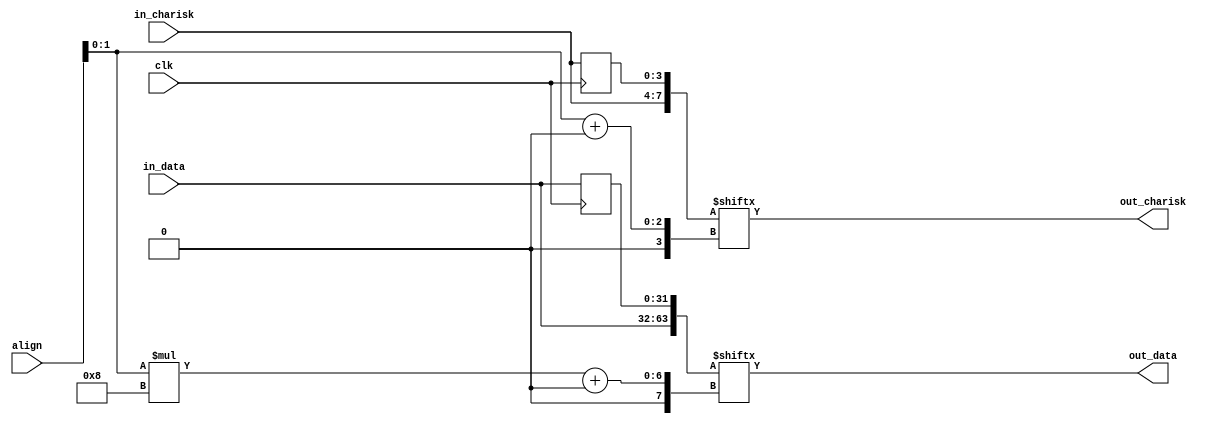
//
// The ADI JESD204 Core is released under the following license, which is
// different than all other HDL cores in this repository.
//
// Please read this, and understand the freedoms and responsibilities you have
// by using this source code/core.
//
// The JESD204 HDL, is copyright  2016-2017 Analog Devices Inc.
//
// This core is free software, you can use run, copy, study, change, ask
// questions about and improve this core. Distribution of source, or resulting
// binaries (including those inside an FPGA or ASIC) require you to release the
// source of the entire project (excluding the system libraries provide by the
// tools/compiler/FPGA vendor). These are the terms of the GNU General Public
// License version 2 as published by the Free Software Foundation.
//
// This core  is distributed in the hope that it will be useful, but WITHOUT ANY
// WARRANTY; without even the implied warranty of MERCHANTABILITY or FITNESS FOR
// A PARTICULAR PURPOSE. See the GNU General Public License for more details.
//
// You should have received a copy of the GNU General Public License version 2
// along with this source code, and binary.  If not, see
// <http://www.gnu.org/licenses/>.
//
// Commercial licenses (with commercial support) of this JESD204 core are also
// available under terms different than the General Public License. (e.g. they
// do not require you to accompany any image (FPGA or ASIC) using the JESD204
// core with any corresponding source code.) For these alternate terms you must
// purchase a license from Analog Devices Technology Licensing Office. Users
// interested in such a license should contact jesd204-licensing@analog.com for
// more information. This commercial license is sub-licensable (if you purchase
// chips from Analog Devices, incorporate them into your PCB level product, and
// purchase a JESD204 license, end users of your product will also have a
// license to use this core in a commercial setting without releasing their
// source code).
//
// In addition, we kindly ask you to acknowledge ADI in any program, application
// or publication in which you use this JESD204 HDL core. (You are not required
// to do so; it is up to your common sense to decide whether you want to comply
// with this request or not.) For general publications, we suggest referencing :
// The design and implementation of the JESD204 HDL Core used in this project
// is copyright  2016-2017, Analog Devices, Inc.
//

`timescale 1ns/100ps

module align_mux #(
  parameter DATA_PATH_WIDTH = 4
) (
  input clk,
  input [2:0] align,
  input [DATA_PATH_WIDTH*8-1:0] in_data,
  input [DATA_PATH_WIDTH-1:0] in_charisk,
  output [DATA_PATH_WIDTH*8-1:0] out_data,
  output [DATA_PATH_WIDTH-1:0] out_charisk
);

localparam DPW_LOG2 = DATA_PATH_WIDTH == 8 ? 3 : DATA_PATH_WIDTH == 4 ? 2 : 1;

wire [DPW_LOG2-1:0]                align_int;
reg  [DATA_PATH_WIDTH*8-1:0]       in_data_d1;
reg  [DATA_PATH_WIDTH-1:0]         in_charisk_d1;
wire [(DATA_PATH_WIDTH*8*2)-1:0]   data;
wire [(DATA_PATH_WIDTH*2)-1:0]     charisk;

always @(posedge clk) begin
  in_data_d1 <= in_data;
  in_charisk_d1 <= in_charisk;
end

assign data = {in_data, in_data_d1};
assign charisk = {in_charisk, in_charisk_d1};

assign align_int = align[DPW_LOG2-1:0];

assign out_data = data[align_int*8 +: (DATA_PATH_WIDTH*8)];
assign out_charisk = charisk[align_int +: DATA_PATH_WIDTH];

endmodule